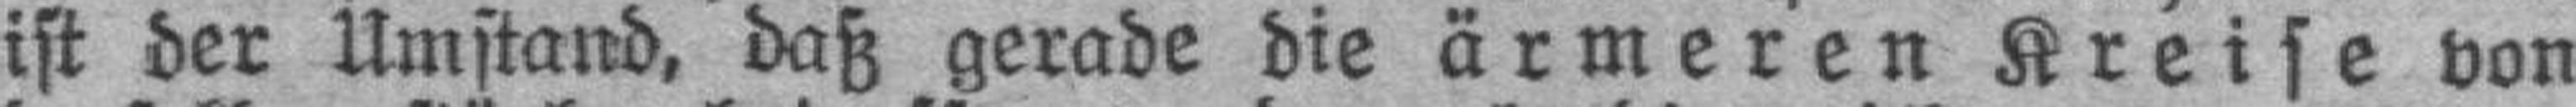
ist der Umstand, daß gerade die ärmeren Kreise von